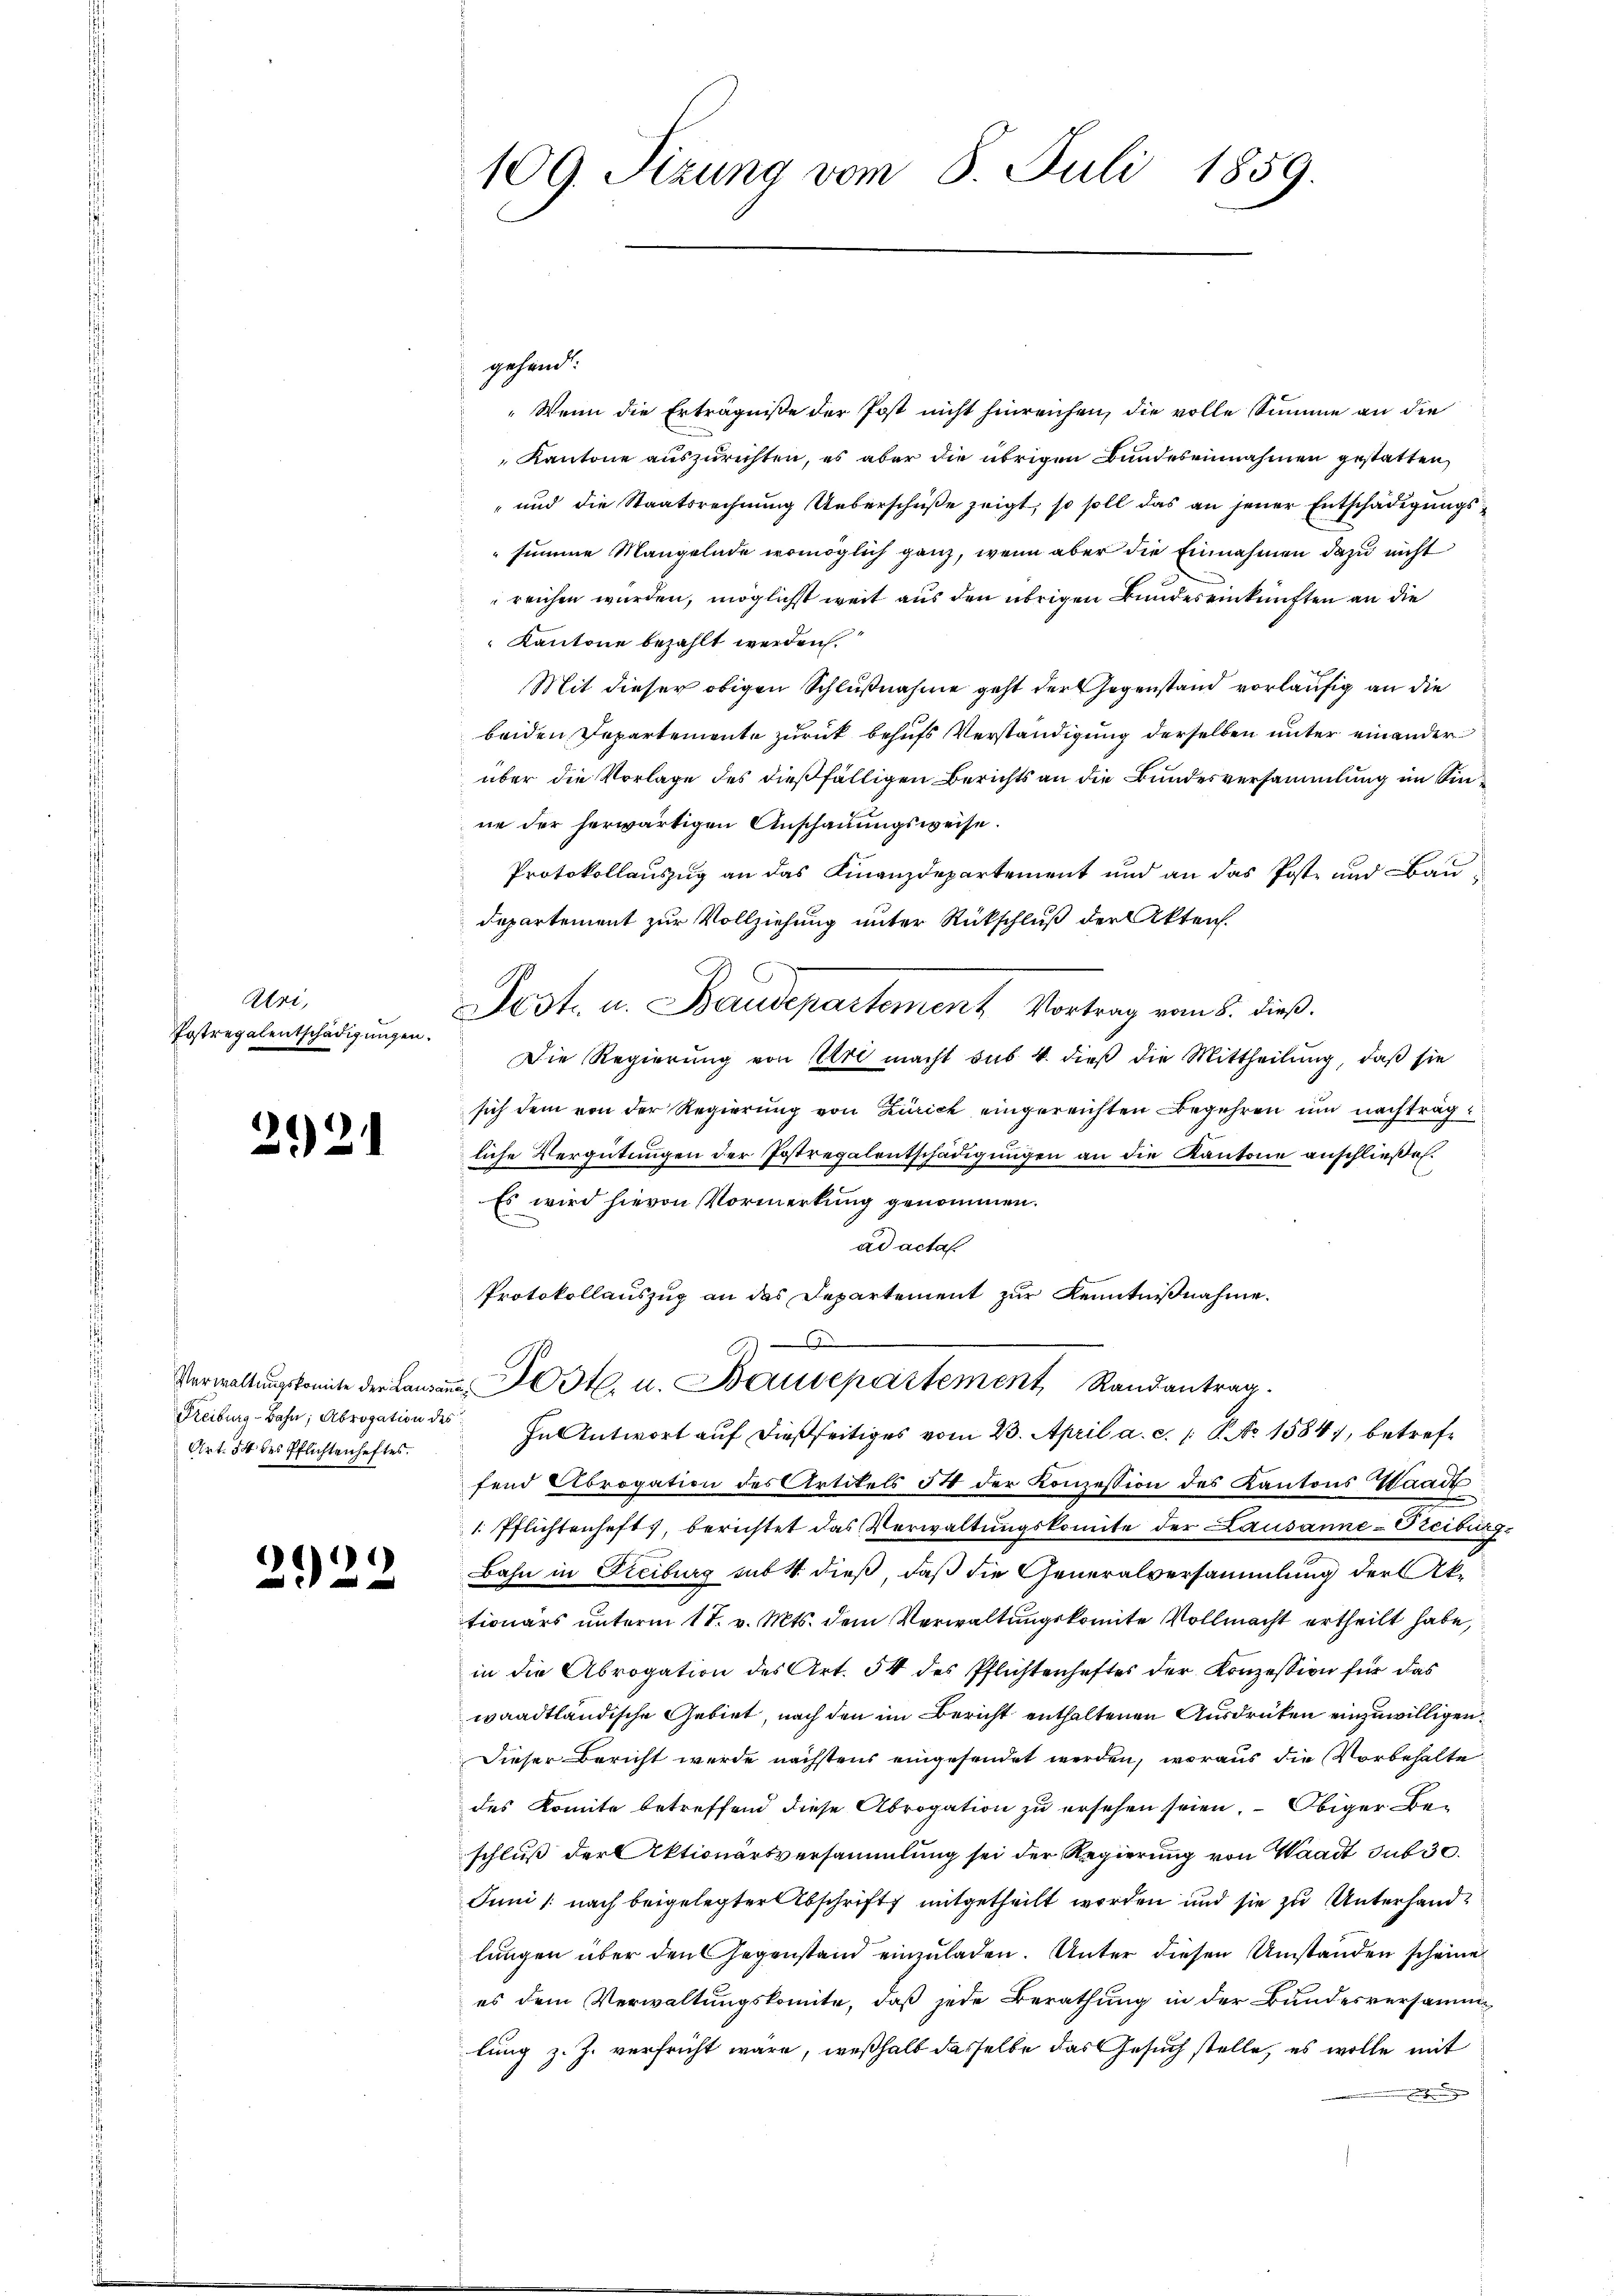
Abri
Potregalentschädigungen.

2921

Art. 54 des Pflichtenheftes.

3.

)

109. Sizung vom 8. Juli 1859.

gehend
„Wenn die Erträgniße der Post nicht hinreichen, die volle Summe an die
Kantone auszurichten, es aber die übrigen Bundeseinnahmen gestatten,
" und die Staatsrechnung Ueberschüße zeigt, so soll das an jener Entschädigungssumme Mangelnde womöglich ganz, wenn aber die Einnahmen dazu nicht
reichen wurden, möglichst weit aus den übrigen Bundereinkünften an die
Kantone bezahlt werden.
Mit dieser obigen Schlußnahme geht der Gegenstand vorläufig an die
beiden Departemente zurück behufs Verständigung derselben unter einander
über die Vorlage des dießfälligen Berichts an die Bundesversammlung im Sinne der herwärtigen Anschauungsweise.
Protokollauszug an das Finanzdepartement und an das Post- und Bau¬
Departement zur Vollziehung unter Rückschluß der Akten.
Sest. u. Baudepartement Vortrag vom 8. dieß.
Die Regierung von Uri macht sub b. dieß die Mittheilung, daß sie
sich dem von der Regierung von Zürich eingereichten Begehren und nachträgt
liche Vergütungen der Instregalentschädigungen an die Kantone anschließen.
Es wird hievon Vormerkung genommen.
ad actal
Protokollauszug an das Departement zur Kenntnißnahme.
.
Verwaltŭngskomite der Landans Post. u. Baudepartement Randantrag.
Freiburg-Bahn, Abrogation des In Antwort auf dießseitiges vom 23. April a. c. 1 No 15841, betreffend Abrogation des Artikels 54 der Konzession des Kantons Waadt
1. Pflichtenhefts, berichtet das Verwaltungskomite der Lausanne-Oteibur
Bahn in Freiburg sub 4. dieß, daß die Generalversammlung der Aktionärs unterm 17. v. Mts. dem Verwaltungskomite Vollmacht ertheilt habe,
in die Abrogation des Art. 54 des Pflichtenhaftes der Konzession für das
waadtländische Gebiet, nach den im Bericht enthaltenen Ausdrücken einzuwilligen
Dieser Bericht werde nächstens eingesendet werden, woraus die Vorbehalte
des Komite betreffend diese Abrogation zu ersehen seien. – Obiger Beschluß der Aktionärsversammlung sei der Regierung von Waadt sub 30.
Juni /: nach beigelegter Abschrift mitgetheilt worden und sie zu Unterhandlungen über den Gegenstand einzuladen. Unter diesen Umstanden scheine
es dem Verwaltungskomite, daß jede Berathung in der Bundesversammlung z. J. verfrüht wäre, weßhalb daselbe das Gesuch stelle, es wolle mit